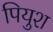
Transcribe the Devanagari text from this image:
पियुश